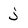
Character: j